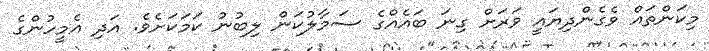
މިކަންތައް ވެގެންދިޔައީ ވަރަށް ގިނަ ބައެއްގެ ސަމާލުކަން ލިބުނު ކަމަކަށެވެ. އަދި އެމީހުންގެ